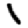
Digit: 1